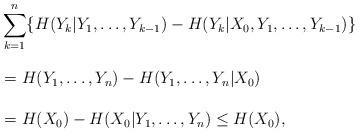
LaTeX: \begin{align*}&\sum_{k=1}^n\{H(Y_k|Y_1,\ldots,Y_{k-1})-H(Y_k|X_0,Y_1,\ldots,Y_{k-1})\} \\ &=H(Y_1,\ldots,Y_n)-H(Y_1,\ldots,Y_n|X_0)\phantom{\sum_{k=1}^n} \\&= H(X_0)-H(X_0|Y_1,\ldots,Y_n) \le H(X_0),\end{align*}